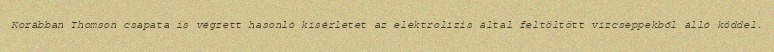
Korábban Thomson csapata is végzett hasonló kísérletet az elektrolízis által feltöltött vízcseppekből álló köddel.